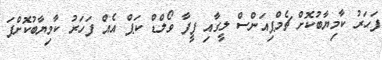
ފަހަރު ކާމިޔާބުކޮށް ޗެމްޕިއަންސް ލީގާއި ފީފާ ވޯލްޑް ކަޕް އެއް ފަހަރު ކާމިޔާބުކޮށްފަ